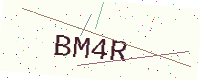
Text: BM4R